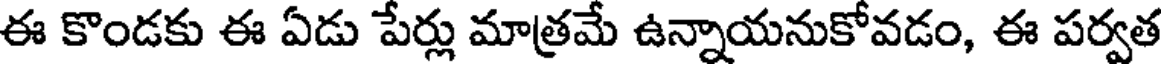
ఈ కొండకు ఈ ఏడు పేర్లు మాత్రమే ఉన్నాయనుకోవడం, ఈ పర్వత